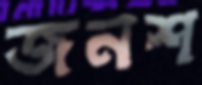
জনশ